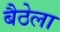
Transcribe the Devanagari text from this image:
बैठेला